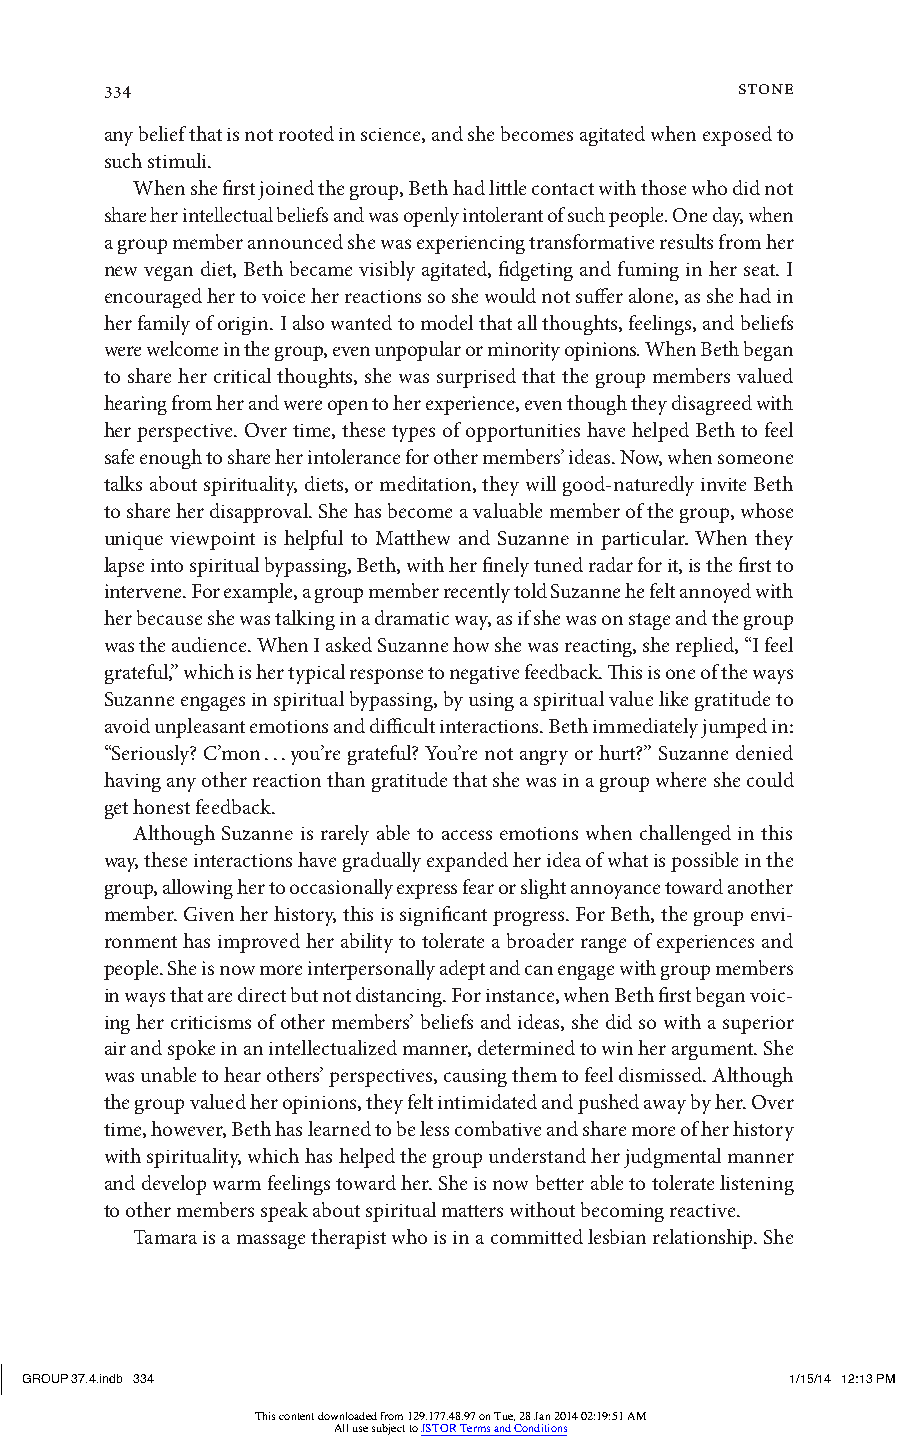
334                                       stone
 any belief that is not rooted in science, and she becomes agitated when exposed to
 such stimuli.
 When she first joined the group, Beth had little contact with those who did not
 share her intellectual beliefs and was openly intolerant of such people. One day, when
 a group member announced she was experiencing transformative results from her
 new vegan diet, Beth became visibly agitated, fidgeting and fuming in her seat. I
 encouraged her to voice her reactions so she would not suffer alone, as she had in
 her family of origin. I also wanted to model that all thoughts, feelings, and beliefs
 were welcome in the group, even unpopular or minority opinions. When Beth began
 to share her critical thoughts, she was surprised that the group members valued
 hearing from her and were open to her experience, even though they disagreed with
 her perspective. Over time, these types of opportunities have helped Beth to feel
 safe enough to share her intolerance for other members’ ideas. Now, when someone
 talks about spirituality, diets, or meditation, they will good-naturedly invite Beth
 to share her disapproval. She has become a valuable member of the group, whose
 unique viewpoint is helpful to Matthew and Suzanne in particular. When they
 lapse into spiritual bypassing, Beth, with her finely tuned radar for it, is the first to
 intervene. For example, a group member recently told Suzanne he felt annoyed with
 her because she was talking in a dramatic way, as if she was on stage and the group
 was the audience. When I asked Suzanne how she was reacting, she replied, “I feel
 grateful,” which is her typical response to negative feedback. This is one of the ways
 Suzanne engages in spiritual bypassing, by using a spiritual value like gratitude to
 avoid unpleasant emotions and difficult interactions. Beth immediately jumped in:
 “Seriously? C’mon . . . you’re grateful? You’re not angry or hurt?” Suzanne denied
 having any other reaction than gratitude that she was in a group where she could
 get honest feedback.
 Although Suzanne is rarely able to access emotions when challenged in this
 way, these interactions have gradually expanded her idea of what is possible in the
 group, allowing her to occasionally express fear or slight annoyance toward another
 member. Given her history, this is significant progress. For Beth, the group envi-
 ronment has improved her ability to tolerate a broader range of experiences and
 people. She is now more interpersonally adept and can engage with group members
 in ways that are direct but not distancing. For instance, when Beth first began voic-
 ing her criticisms of other members’ beliefs and ideas, she did so with a superior
 air and spoke in an intellectualized manner, determined to win her argument. She
 was unable to hear others’ perspectives, causing them to feel dismissed. Although
 the group valued her opinions, they felt intimidated and pushed away by her. Over
 time, however, Beth has learned to be less combative and share more of her history
 with spirituality, which has helped the group understand her judgmental manner
 and develop warm feelings toward her. She is now better able to tolerate listening
 to other members speak about spiritual matters without becoming reactive.
 Tamara is a massage therapist who is in a committed lesbian relationship. She
 GROUP 37.4.indb 334                                1/15/14 12:13 PM
 This content downloaded from 129.177.48.97 on Tue, 28 Jan 2014 02:19:51 AM
 All use subject to JSTOR Terms and Conditions